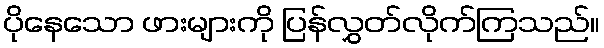
ပိုနေသော ဖားများကို ပြန်လွှတ်လိုက်ကြသည်။